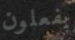
يفعلون